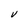
Character: V